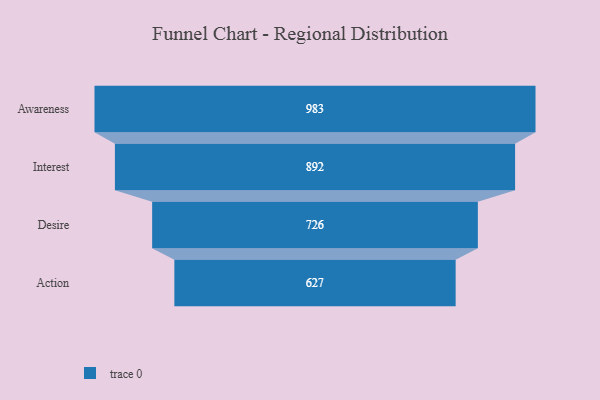
{"axis": {"x": "Stage", "y": "Value"}, "legend": [""], "data": [{"x": "Awareness", "y": 983.0, "type": ""}, {"x": "Interest", "y": 892.0, "type": ""}, {"x": "Desire", "y": 726.0, "type": ""}, {"x": "Action", "y": 627.0, "type": ""}]}